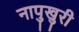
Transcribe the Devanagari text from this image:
नापुखुरी